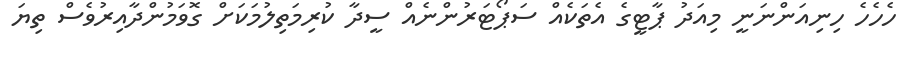
ހެހެހެ ހިނިއަންނަނީ މިއަދު ޕާޓީގެ އެތަކެއް ސަޕޯޓަރުންނެއް ސީދާ ކުރިމަތިލުމަކަށް ގޮވަމުންދާއިރުވެސް ތިޔަ